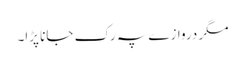
مگر دروازے پہ رک جانا پڑا۔